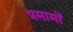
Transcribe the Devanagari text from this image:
प्रमामों